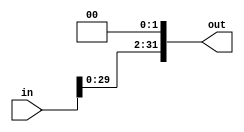
`timescale 1ns / 1ps
//////////////////////////////////////////////////////////////////////////////////
// Company: 
// Engineer: 
// 
// Design Name: 
// Module Name: ShiftLeft2
// Project Name: 
// Target Devices: 
// Tool Versions: 
// Description: 
// 
// Dependencies: 
// 
// Revision:
// Revision 0.01 - File Created
// Additional Comments:
// 
//////////////////////////////////////////////////////////////////////////////////


module ShiftLeft2_32Bit(in, out);

    input [31:0] in;
    reg [31:0] temp;
    output reg [31:0] out;
    
    
    always @* begin        
        out <= in << 2;
    end
    
    
endmodule